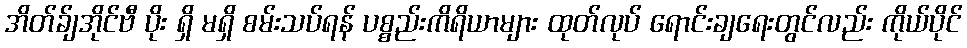
အိတ်ခ်ျအိုင်ဗီ ပိုး ရှိ မရှိ စမ်းသပ်ရန် ပစ္စည်းကိရိယာများ ထုတ်လုပ် ရောင်းချရေးတွင်လည်း ကိုယ်ပိုင်